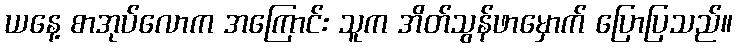
ယနေ့ စာအုပ်လောက အကြောင်း သူက အိတ်သွန်ဖာမှောက် ပြောပြသည်။